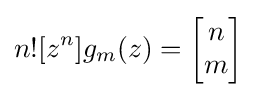
n![z^{n}]g_{m}(z)=\left[{\begin{matrix}n\\m\end{matrix}}\right]